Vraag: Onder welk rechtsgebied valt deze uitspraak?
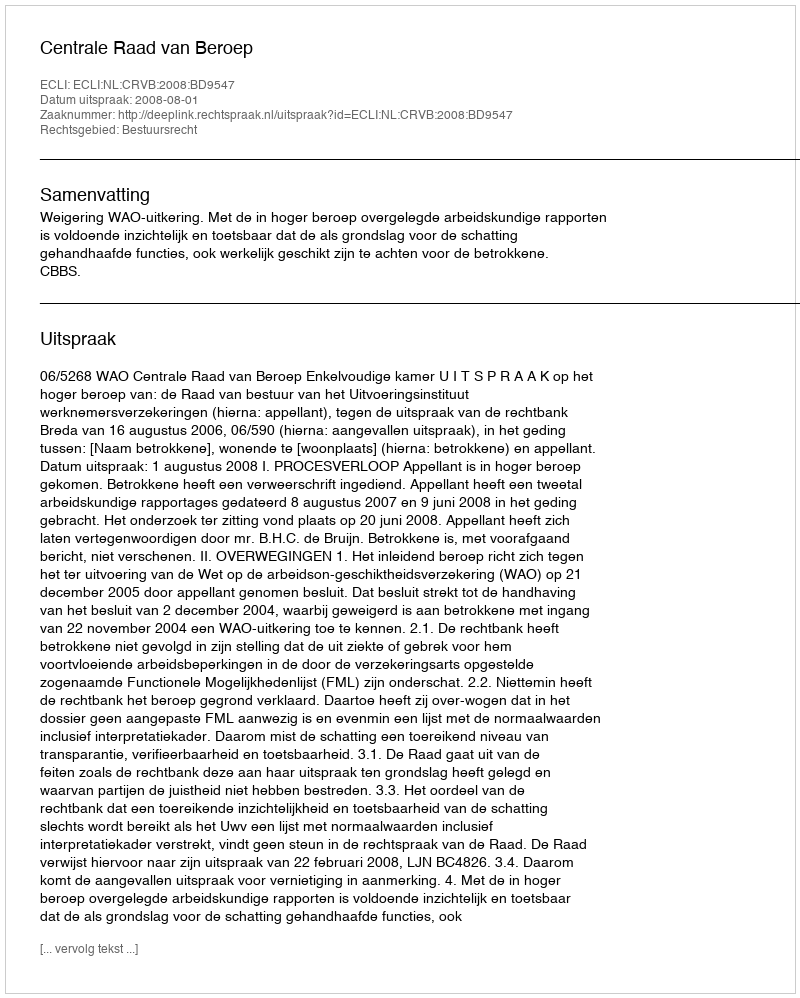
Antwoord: Bestuursrecht